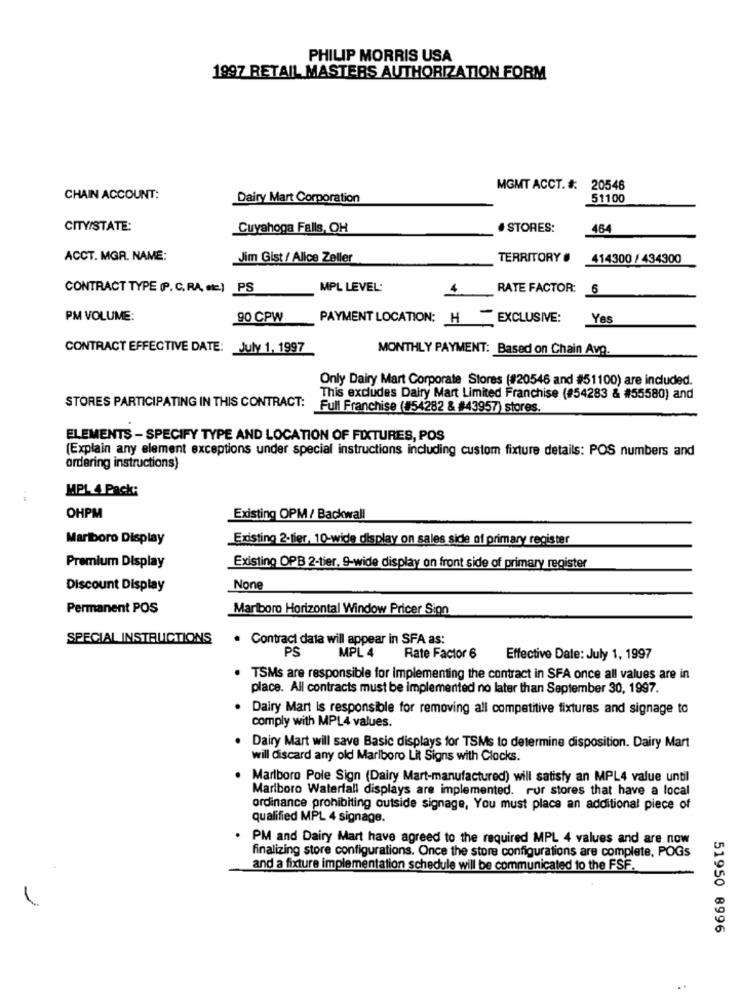
PHILIP MORRIS USA
1997 RETAIL MASTERS AUTHORIZATION FORM
MGMT ACCT. #: 20546
CHAIN ACCOUNT:
Dairy Mart Corporation
51100
CITY/STATE:
Cuyahoga Falls, OH
# STORES:
464
ACCT. MGR. NAME:
Jim Gist / Alice Zeller
TERRITORY #
414300 / 434300
CONTRACT TYPE (P. C. RA, etc.) PS
MPL LEVEL:
RATE FACTOR: 6
PM VOLUME:
90 CPW
PAYMENT LOCATION: H
EXCLUSIVE:
Yes
CONTRACT EFFECTIVE DATE: July 1, 1997
MONTHLY PAYMENT: Based on Chain Avg.
Only Dairy Mart Corporate Stores (#20546 and #51100) are included.
This excludes Dairy Mart Limited Franchise (#54283 & #55580) and
STORES PARTICIPATING IN THIS CONTRACT:
Full Franchise (#54282 & #43957) stores.
ELEMENTS - SPECIFY TYPE AND LOCATION OF FIXTURES, POS
(Explain any element exceptions under special instructions including custom fixture details: POS numbers and
ordering instructions)
MPL 4 Pack:
OHPM
Existing OPM/ Backwall
Mariboro Display
Existing 2-tier, 10-wide display on sales side of primary register
Premium Display
Existing OPB 2-tier, 9-wide display on front side of primary register
Discount Display
Permanent POS
Marlboro Horizontal Window Pricer Sion
SPECIAL INSTRUCTIONS
. Contract data will appear in SFA as:
PS
MPL 4
Rate Factor 6 Effective Date: July 1, 1997
TSMs are responsible for implementing the contract in SFA once all values are in
place. All contracts must be implemented no later than September 30, 1997.
· Dairy Mart is responsible for removing all competitive fixtures and signage to
comply with MPL4 values.
Dairy Mart will save Basic displays for TSMs to determine disposition. Dairy Mart
will discard any old Marlboro Lit Signs with Clocks.
Marlboro Pole Sign (Dairy Mart-manufactured) will satisfy an MPL4 value until
Marlboro Waterfall displays are implemented. rur stores that have a local
ordinance prohibiting outside signage, You must place an additional piece of
qualified MPL 4 signage.
PM and Dairy Mart have agreed to the required MPL 4 values and are now
finalizing store configurations. Once the store configurations are complete, POGs
and a fixture implementation schedule will be communicated to the FSF.
51950 8996